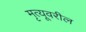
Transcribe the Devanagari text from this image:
मृत्यूवरील